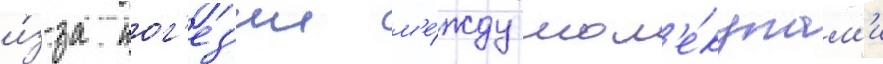
и́з-за ког'ез'ии м'е́жду мол'е́кулам'и